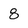
Character: 8